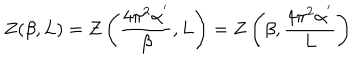
Z ( \beta , L ) = Z \left( \frac { 4 \pi ^ { 2 } \alpha ^ { ' } } { \beta } , L \right) = Z \left( \beta , \frac { 4 \pi ^ { 2 } \alpha ^ { ' } } { L } \right)